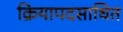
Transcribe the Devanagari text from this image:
क्रियापदसाधित